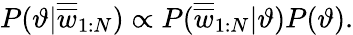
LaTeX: P(\vartheta|\overline{{\overline{{w}}}}_{1:N})\propto P(\overline{{\overline{{w}}}}_{1:N}|\vartheta)P(\vartheta).